Insane asylums in Bengal annual reports 1867-1875 - 1867-1875
Year: 1867
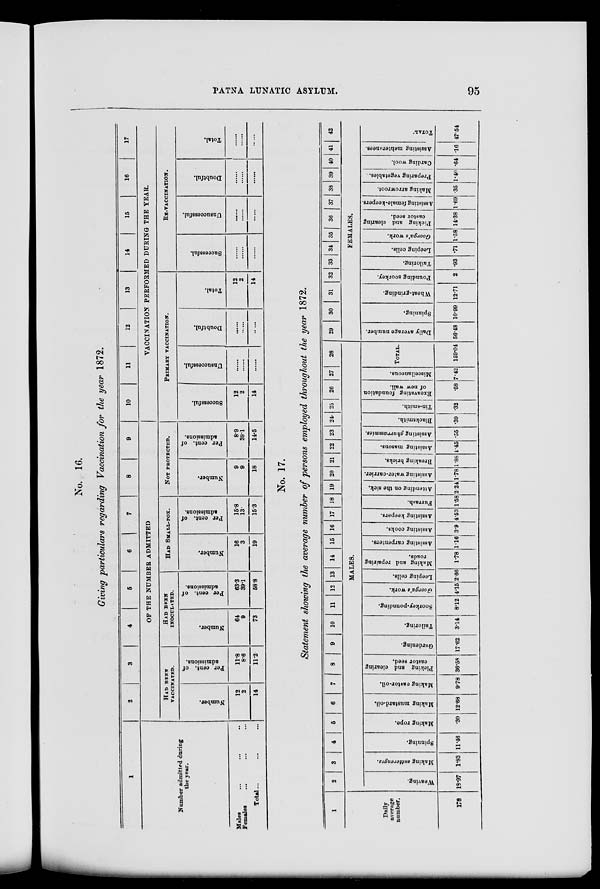
PATNA LUNATIC ASYLUM.
95
No. 16.
Giving particulars regarding Vaccination for the year 1872.
1
Number admitted during
the year.
Males ... ... ...
Females ... ... ...
Total... ... ...
2
3
4
5
6
7
8
9
OF THE NUMBER ADMITTED
HAD BEEN
VACCINATED.
Number.
12
2
14
Per cent. of
admissions.
11.8
8.6
11.2
HAD BEEN
INOCULATED.
Number.
64
9
73
Per cent. of
admissions.
63.3
39.1
58.8
HAD SMALL-FOX.
Number.
16
3
19
Per cent. of
admissions.
15.8
13.
15.3
NOT PROTECTED.
Number.
9
9
18
Per cent. of
admissions.
8.9
39.1
14.5
10
11
12
13
14
15
16
17
VACCINATION PERFORMED DURING THE YEAR.
PRIMARY VACCINATION.
Successful.
12
2
14
Unsuccessful.
......
......
......
Doubtful.
......
......
......
Total.
12
2
14
RE-VACCINATION.
Successful.
......
......
......
Unsuccessful.
......
......
......
Doubtful.
......
......
......
Total.
......
......
......
No. 17.
Statement showing the average number of persons employed throughout the year 1872.
1
Daily
average
number.
178
2
3
4
5
6
7
8
9
10
11
12 13 14
15 16 17 18 19 20 21 22 23 24 25
26 27
28
MALES.
Weaving.
18.97
Making sutterenges.
1.83
Spinning.
11.46
Making rope.
.30
Making mustard-oil.
12.68
Making castor-oil.
9.78
Picking and clearing
castor seed.
36.58
Gardening.
17.62
Tailoring.
3.14
Soorkey-pounding.
8.12
Goorga's work.
4.15
Leeping cells.
2.66
Making and repairing
roads.
1.78
Assisting carpenters.
1.16
Assisting cooks.
3.9
Assisting keepers.
4.53
Furrash.
1.58
Attending on the sick.
2.24
Assisting water-carrier.
1.78
Breaking bricks.
1.88
Assisting masons.
4.45
Assisting ghurrammies.
.55
Blacksmith.
.39
Tin-smith.
.32
Excavating foundation
of new wall.
.58
Miscellaneous.
7.42
TOTAL.
159.04
29
30
31
32 33 34 35
36
37 38 39 40 41
42
FEMALES.
Daily average number.
56.48
Spinning.
10.99
Wheat-grinding.
12.71
Pounding soorkey.
2
Tailoring.
.93
Leeping cells.
.71
Goorga's
work.
1.58
Picking and clearing
castor seed.
14.38
Assisting female-keepers.
1.69
Making arrowroot.
.35
Preparing vegetables.
1.40
Carding wool.
.64
Assisting mehterunees.
.16
TOTAL.
47.54